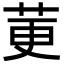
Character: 莄